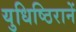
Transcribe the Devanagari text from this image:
युधिष्ठिरानें